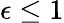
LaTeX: \epsilon\leq 1